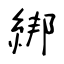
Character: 綁